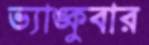
ভ্যাঙ্কুবার